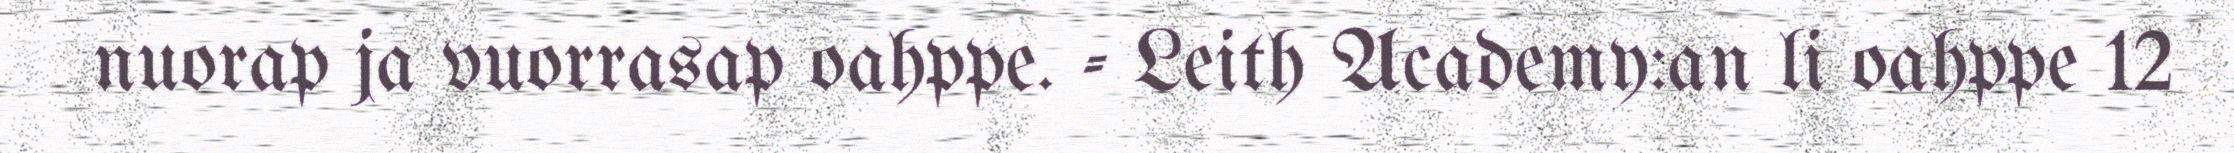
nuorap ja vuorrasap oahppe. - Leith Academy:an li oahppe 12